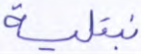
نبتليه